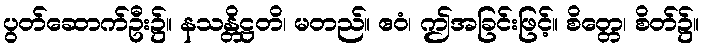
ပွတ်ဆောက်ဦး၌။ နသန္တိဋ္ဌတိ၊ မတည်။ ဧဝံ၊ ဤအခြင်းဖြင့်။ စိတ္တေ၊ စိတ်၌။